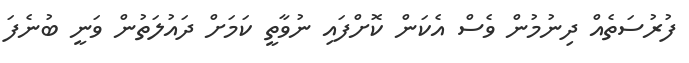
ފުރުސަތެއް ދިނުމުން ވެސް އެކަން ކޮށްފައި ނުވާތީ ކަމަށް ދައުލަތުން ވަނީ ބުނެފަ